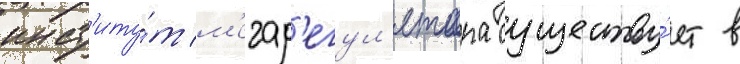
инст'иту́т м'егар'егул'ятора существу́ет в